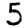
Digit: 5